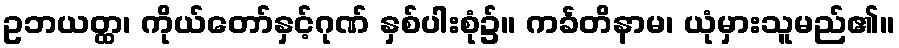
ဥဘယတ္ထ၊ ကိုယ်တော်နှင့်ဂုဏ် နှစ်ပါးစုံ၌။ ကင်္ခတိနာမ၊ ယုံမှားသူမည်၏။